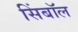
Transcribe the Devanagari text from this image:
सिंबॉल